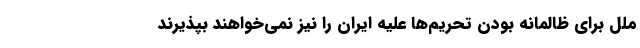
ملل برای ظالمانه بودن تحریم‌ها علیه ایران را نیز نمی‌خواهند بپذیرند